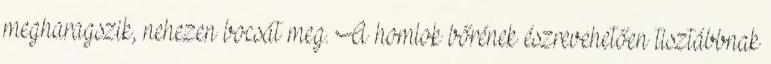
megharagszik, nehezen bocsát meg. A homlok bőrének észrevehetően tisztábbnak